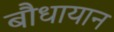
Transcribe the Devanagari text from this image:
बौधायान